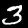
Label: 3